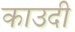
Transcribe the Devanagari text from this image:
काउदी